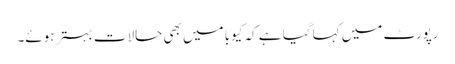
رپورٹ میں کہا گیا ہے کہ کیوبا میں بھی حالات بہتر ہوئے۔